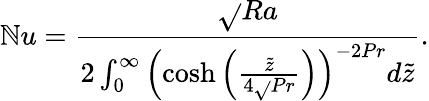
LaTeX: \mathbb{N}u=\frac{{\sqrt{}{{Ra}}}}{{2\int_{0}^{\infty}\left(\cosh{\left(\frac{{\tilde{{z}}}}{{4\sqrt{}{{Pr}}}}\right)}\right)^{-2Pr}d\tilde{{z}}}}.